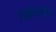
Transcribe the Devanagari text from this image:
उत्क्षेपणीय